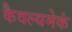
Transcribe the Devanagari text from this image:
कैवल्यमेकं